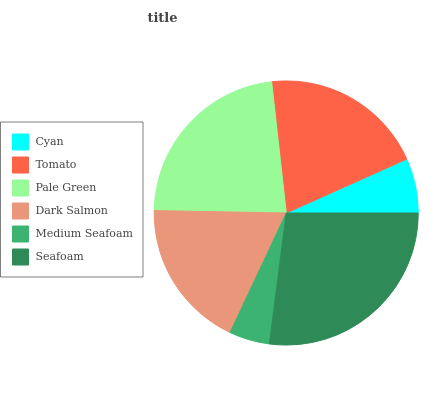
| Cyan | Tomato | Pale Green | Dark Salmon | Medium Seafoam | Seafoam |
 | --- | --- | --- | --- | --- | --- |
 | 6.69% | 20.1% | 22.9% | 18.3% | 4.97% | 27.1% |